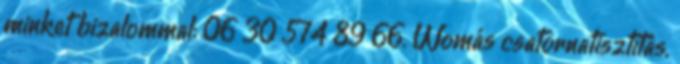
minket bizalommal: 06 30 574 89 66. Womás csatornatisztítás,